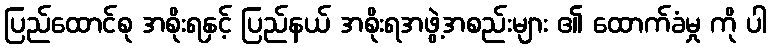
ပြည်ထောင်စု အစိုးရနှင့် ပြည်နယ် အစိုးရအဖွဲ့အစည်းများ ၏ ထောက်ခံမှု ကို ပါ